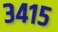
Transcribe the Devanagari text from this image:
३४१५